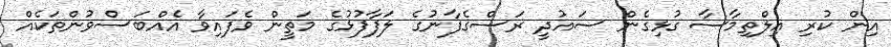
އިން ކުރި އިލްތިމާސާ ގުޅިގެން ސައުދީ ރަސްގެފާނުގެ ލަފާފުޅުގެ މަތީން ވެފައިވާ އެއްބަސްވުންތަކެއް